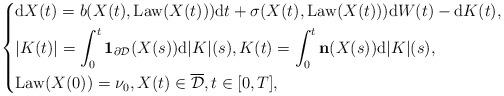
LaTeX: \begin{align*}\left\{\begin{aligned}& \mathrm{d}X(t)=b(X(t),\mbox{Law}(X(t)))\mathrm{d}t+\sigma(X(t),\mbox{Law}(X(t)))\mathrm{d}W(t)-\mathrm{d}K(t), \\& |K(t)|=\int^{t}_{0}\mathbf{1}_{\partial \mathcal{D}}(X(s))\mathrm{d}|K|(s),K(t)=\int^{t}_{0}\mathbf{n}(X(s))\mathrm{d}|K|(s),\\& \mbox{Law}(X(0))=\nu_{0},X(t)\in\overline{\mathcal{D}}, t\in[0,T],\end{aligned}\right.\end{align*}